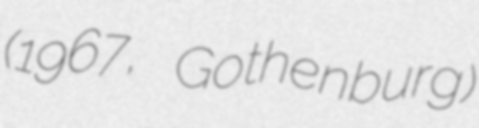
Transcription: (1967, Gothenburg)